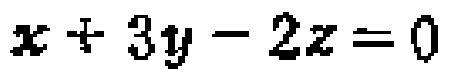
$x + 3y - 2z = 0$